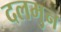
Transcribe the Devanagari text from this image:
दलमुन